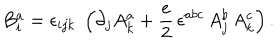
B _ { i } ^ { a } = \epsilon _ { i j k } \; \left( \partial _ { j } A _ { k } ^ { a } + \frac { e } { 2 } \, \epsilon ^ { a b c } \, A _ { j } ^ { b } \, A _ { k } ^ { c } \right) .